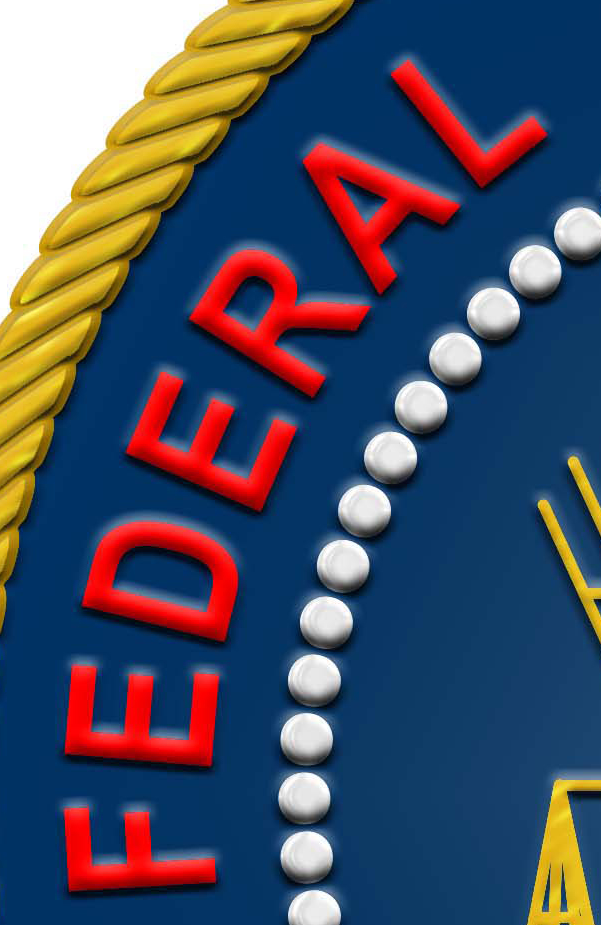
FEDERAL